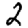
Digit: 2